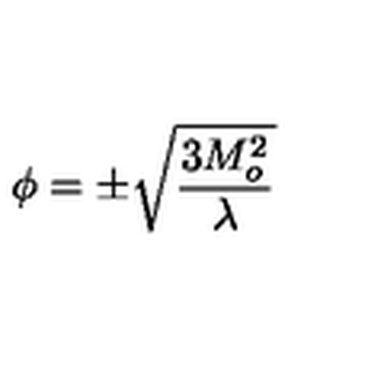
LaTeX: \phi = \pm { \sqrt { { \frac { 3 M _ { o } ^ { 2 } } { \lambda } } } }